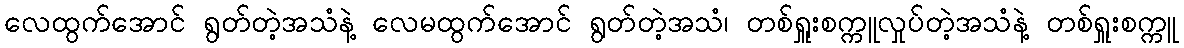
လေထွက်အောင် ရွတ်တဲ့အသံနဲ့ လေမထွက်အောင် ရွတ်တဲ့အသံ၊ တစ်ရှူးစက္ကူလှုပ်တဲ့အသံနဲ့ တစ်ရှူးစက္ကူ